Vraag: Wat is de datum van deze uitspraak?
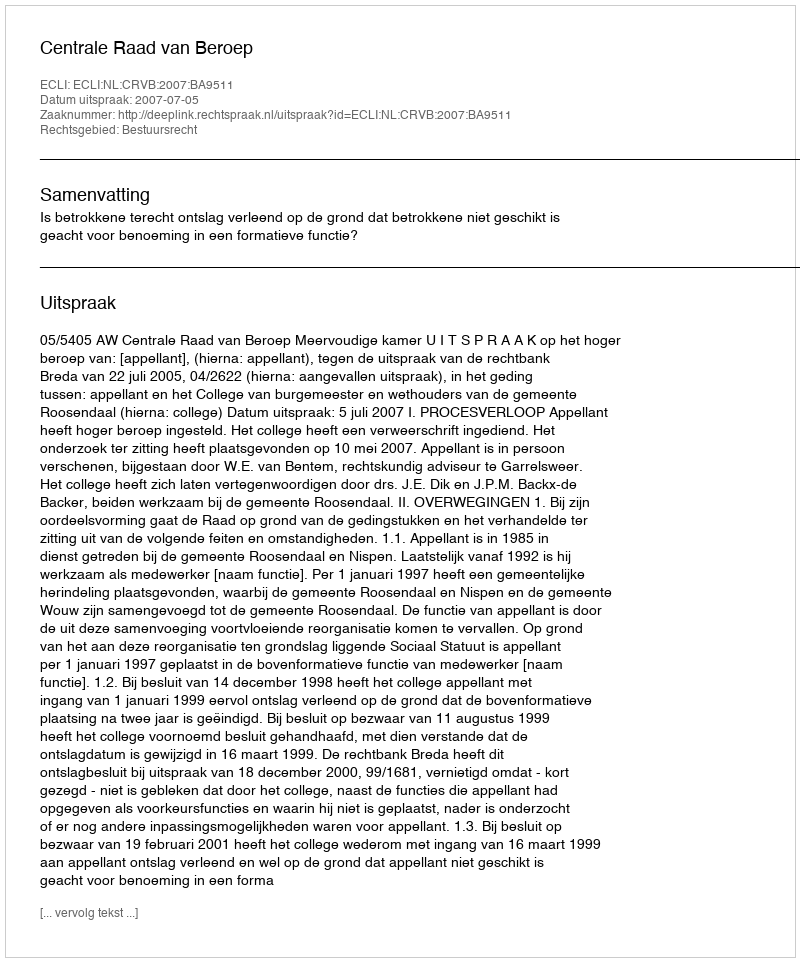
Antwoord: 2007-07-05